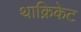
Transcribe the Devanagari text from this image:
थाक्रिकेट